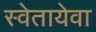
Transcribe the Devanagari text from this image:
स्वेतायेवा